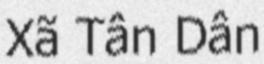
Xã Tân Dân